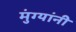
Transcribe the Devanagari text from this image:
मुंग्यांनी